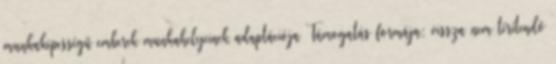
munkaképességű emberek munkahelyeinek adaptációja Támogatás formája: vissza nem térítendő